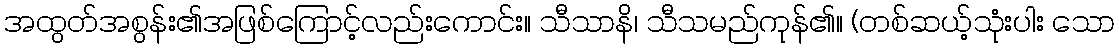
အထွတ်အစွန်း၏အဖြစ်ကြောင့်လည်းကောင်း။ သီသာနိ၊ သီသမည်ကုန်၏။ (တစ်ဆယ့်သုံးပါး သော